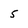
Character: 5